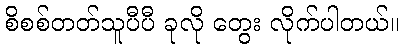
စိစစ်တတ်သူပီပီ ခုလို တွေး လိုက်ပါတယ်။